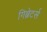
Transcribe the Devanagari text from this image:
गिब्रेटर्स